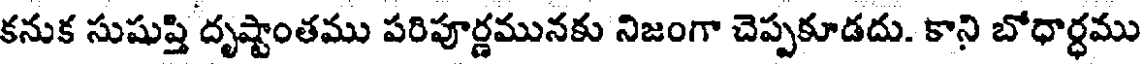
కనుక సుషుప్తి దృష్టాంతము పరిపూర్ణమునకు నిజంగా చెప్పకూడదు. కాని బోధార్ధము